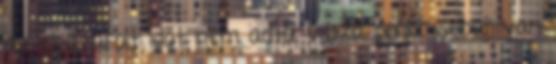
az elpazarolt időt nem adta vissza senki. Sebaj, van